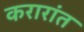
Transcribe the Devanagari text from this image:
करारांत